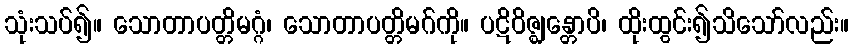
သုံးသပ်၍။ သောတာပတ္တိမဂ္ဂံ၊ သောတာပတ္တိမဂ်ကို။ ပဋိဝိဇ္ဈန္တောပိ၊ ထိုးထွင်း၍သိသော်လည်း။